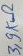
Text: 3,3KΩ